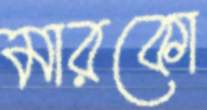
মারকো